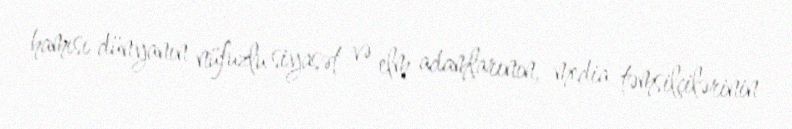
hamısı dünyanın nüfuzlu siyasət və elm adamlarının, media təmsilçilərinin